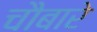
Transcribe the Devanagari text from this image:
चौबारे